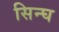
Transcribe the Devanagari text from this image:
सिन्घ